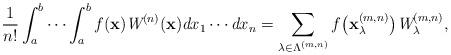
LaTeX: \begin{align*}\frac{1}{n!} \int_a^{b}\cdots\int_a^b f (\mathbf{x}) \emph{W}^{(n)}(\mathbf{x}) \emph{d} x_1\cdots\emph{d} x_n =\sum_{{\lambda}\in \Lambda^{(m,n)}}f \bigl(\mathbf{x}^{(m,n)}_{{\lambda}}\bigr) \emph{W}^{(m,n)}_{{\lambda}} ,\end{align*}